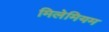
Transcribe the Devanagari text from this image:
मिलेमियम